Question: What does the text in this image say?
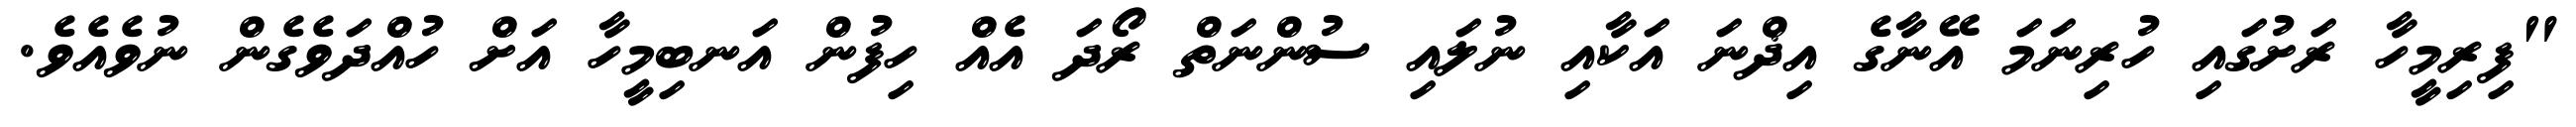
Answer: "ފިރިމީހާ ރަށުގައި ހުރިނަމަ އޭނާގެ އިޛްނަ އަކާއި ނުލައި ސުންނަތް ރޯދަ އެއް ހިފުން އަނބިމީހާ އަށް ހުއްދަވެގެން ނުވެއެވެ.